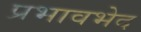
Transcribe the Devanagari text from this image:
प्रभावभेद